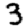
Digit: 3